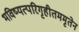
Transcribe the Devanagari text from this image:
भविष्यत्परिगृहीतममृतेन